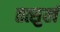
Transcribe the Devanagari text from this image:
तत्सुखं